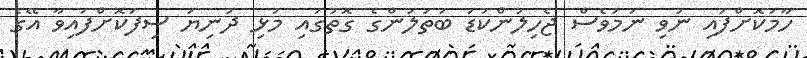
ހާމަކޮށްފައި ނުވި ނަމަވެސް ޖެހިލުންކުޑަ ބަތަލުންގެ ގޮތުގައި މުޅި ދުނިޔަ ސިފަކޮށްފައިވާ އޭގެ